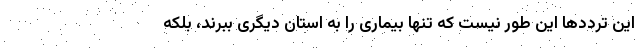
این ترددها این طور نیست که تنها بیماری را به استان دیگری ببرند، بلکه